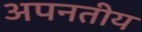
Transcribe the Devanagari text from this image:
अपनतीय